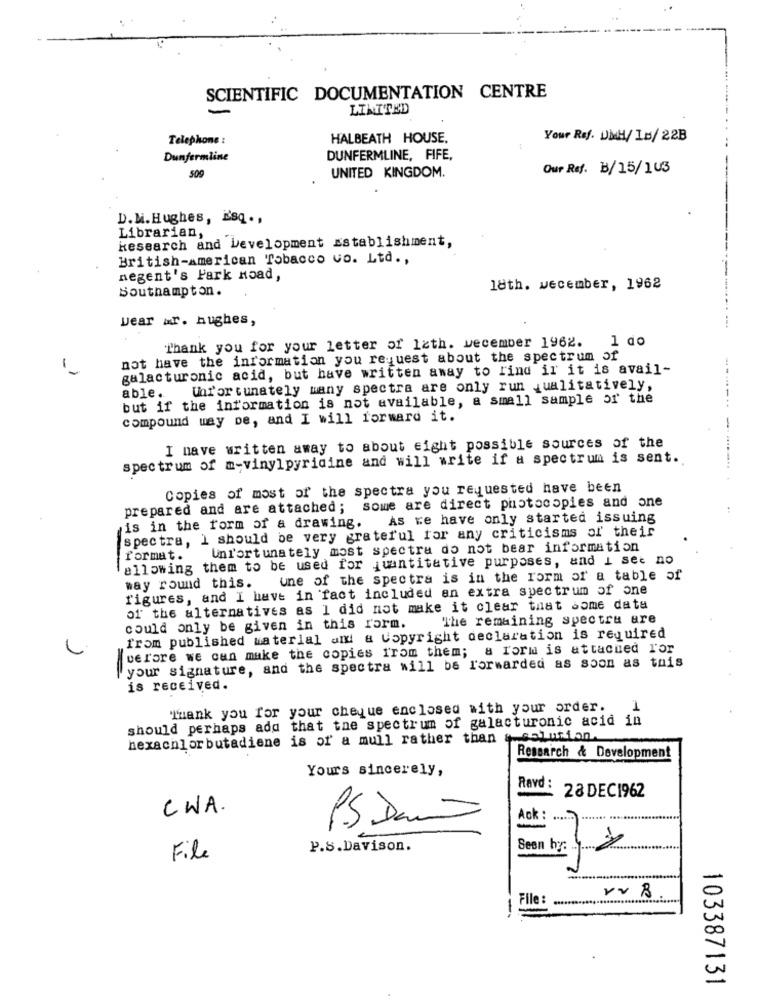
SCIENTIFIC DOCUMENTATION CENTRE
LIMITED
Telephone :
HALBEATH HOUSE.
Your Ref. DMH/ Ip/ 22B
Dunfermline
DUNFERMLINE, FIFE,
Our Ref. B/15/103
509
UNITED KINGDOM.
D.M. Hughes, isq .,
Research and Development Establishment,
Librarian,
British-American Tobacco co. Ltd .,
------
negent's Park road,
Southampton.
18th. wecember, 1962
Dear mr. hughes,
Thank you for your letter of lath. wecember 1962. 1 do
not have the information you request about the spectrum of
galacturonic acid, but have written away to find ir it is avail-
---
Unfortunately many spectra are only run qualitatively,
able.
but if the information is not available, a small sample or the
compound way pe, and I will forward it.
-
I nave written away to about eight possible sources of the
spectrum of m-vinylpyridine and will write if a spectrum is sent.
... ......
Copies of most of the spectra you requested have been
prepared and are attached; some are direct photocopies and one
As re have only started issuing
is in the form of a drawing.
spectra, I should be very grateful for any criticisms of their
Unl'ortunately most spectra do not bear information
allowing them to be used for quantitative purposes, and i see no
format.
--
une of the spectra is in the Form or a table of
way round this.
figures, and I have in fact included en extra spectrum of one
of the alternatives as I did not make it clear that some data
The remaining spectru are
could only be given in this form.
from published material am a Copyright declaration is required
before we can make the copies from them; a form is attached For
your signature, and the spectra will be forwarded as soon as this
is received.
Thank you for your cheque enclosed with your order.
1
should perhaps add that the spectrum of galacturonic acid in
hexachlorbutadiene is of a mull rather than & solution.
Research & Development
Yours sincerely,
Ravd :
28 DEC1962
CWA.
Ack:
...... ....... .........
PS Da
P.S.Davison.
Seen by: 20
File
vv B
File :
103387131